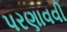
પરણાવવી